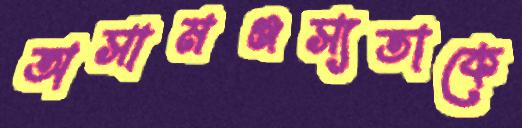
অসামঞ্জস্যতাকে